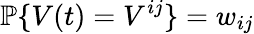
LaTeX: \mathbb{P}\{ V(t)=V^{ij}\} =w_{ij}